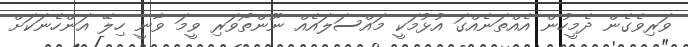
ވަރިވެގެން ދެމީހުން އެއްތަނެއްގަ އުޅުމަކީ މައްސަލައެއް ނޫންތޯވަރި ވީމަ ވާނީ ހިލޭ އަންހެނަކަށް